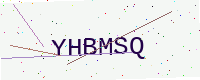
Text: YHBMSQ